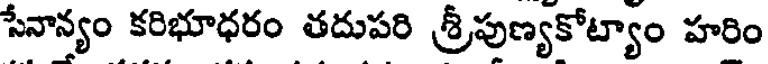
సేనాన్యం కరిభూధరం తదుపరి శ్రీపుణ్యకోట్యాం హరిం